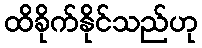
ထိခိုက်နိုင်သည်ဟု